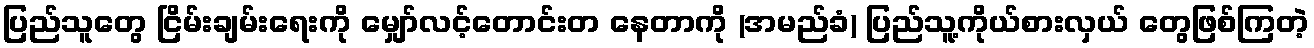
ပြည်သူတွေ ငြိမ်းချမ်းရေးကို မျှော်လင့်တောင်းတ နေတာကို (အမည်ခံ) ပြည်သူ့ကိုယ်စားလှယ် တွေဖြစ်ကြတဲ့